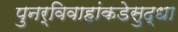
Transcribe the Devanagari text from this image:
पुनर्विवाहांकडेसुद्धा